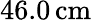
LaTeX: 46.0\, \mathrm{cm}